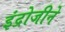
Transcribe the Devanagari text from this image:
इंद्रोजीने